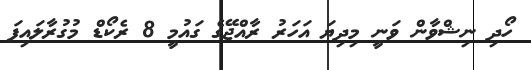
ހޯދި ނިޝްވާން ވަނީ މިދިޔަ އަހަރު ރާއްޖޭގެ ގައުމީ 8 ރެކޯޑް މުގުރާލައިފަ